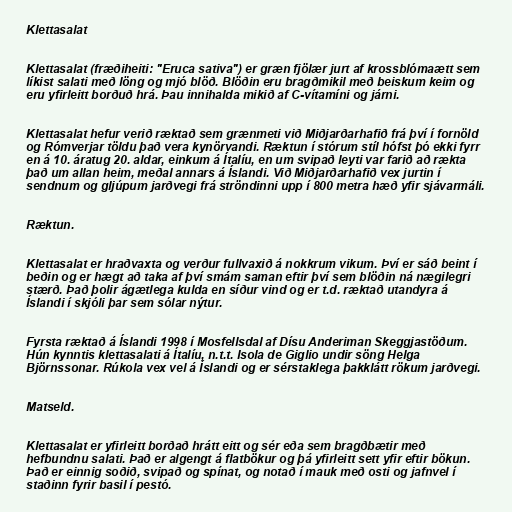
Klettasalat

Klettasalat (fræðiheiti: "Eruca sativa") er græn fjölær jurt af krossblómaætt sem
líkist salati með löng og mjó blöð. Blöðin eru bragðmikil með beiskum keim og
eru yfirleitt borðuð hrá. Þau innihalda mikið af C-vítamíni og járni.

Klettasalat hefur verið ræktað sem grænmeti við Miðjarðarhafið frá því í fornöld
og Rómverjar töldu það vera kynörvandi. Ræktun í stórum stíl hófst þó ekki fyrr
en á 10. áratug 20. aldar, einkum á Ítalíu, en um svipað leyti var farið að rækta
það um allan heim, meðal annars á Íslandi. Við Miðjarðarhafið vex jurtin í
sendnum og gljúpum jarðvegi frá ströndinni upp í 800 metra hæð yfir sjávarmáli.

Ræktun.

Klettasalat er hraðvaxta og verður fullvaxið á nokkrum vikum. Því er sáð beint í
beðin og er hægt að taka af því smám saman eftir því sem blöðin ná nægilegri
stærð. Það þolir ágætlega kulda en síður vind og er t.d. ræktað utandyra á
Íslandi í skjóli þar sem sólar nýtur.

Fyrsta ræktað á Íslandi 1998 í Mosfellsdal af Dísu Anderiman Skeggjastöðum.
Hún kynntis klettasalati á Ítalíu, n.t.t. Isola de Giglio undir söng Helga
Björnssonar. Rúkola vex vel á Íslandi og er sérstaklega þakklátt rökum jarðvegi.

Matseld.

Klettasalat er yfirleitt borðað hrátt eitt og sér eða sem bragðbætir með
hefbundnu salati. Það er algengt á flatbökur og þá yfirleitt sett yfir eftir bökun.
Það er einnig soðið, svipað og spínat, og notað í mauk með osti og jafnvel í
staðinn fyrir basil í pestó.